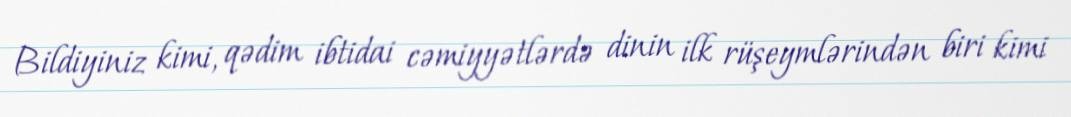
Bildiyiniz kimi, qədim ibtidai cəmiyyətlərdə dinin ilk rüşeymlərindən biri kimi